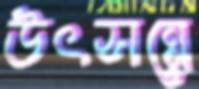
উৎসন্নে